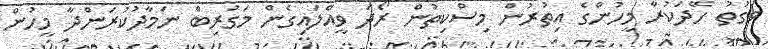
ވަގުތު ހޭދަކުރާ މީހުންގެ އިތުރުން މިސްކިތުން ރޯދަ ވީއްލައިގެން މަގުރިބް ނަމާދުކުރަންދާ މީހުން